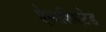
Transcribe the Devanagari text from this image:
ऐसाशिएटेड